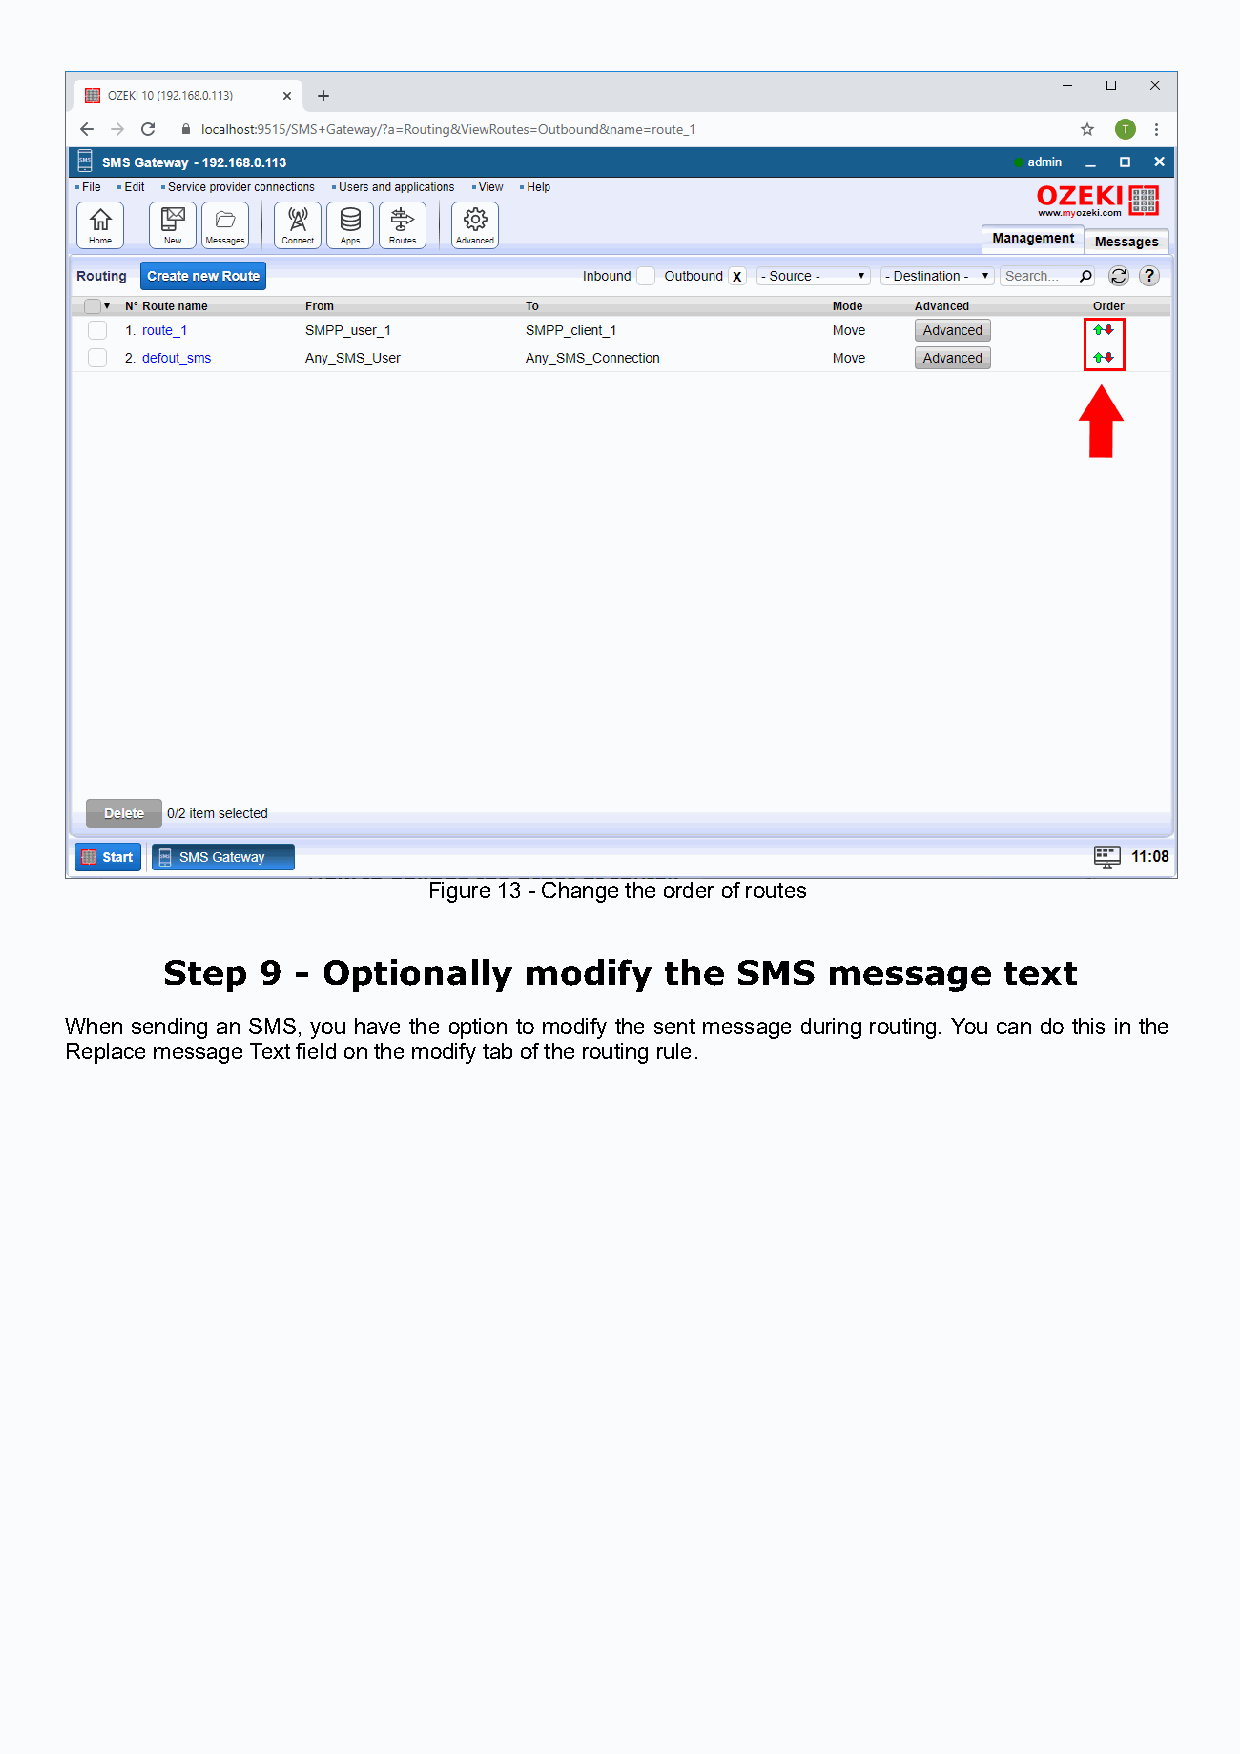
Figure 13 - Change the order of routes
 Step  9 - Optionally    modify   the  SMS   message    text
 When sending an SMS, you have the option to modify the sent message during routing. You can do this in the
 Replace message Text field on the modify tab of the routing rule.